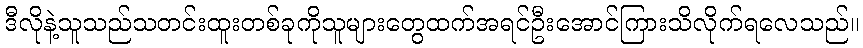
ဒီလိုနဲ့သူသည်သတင်းထူးတစ်ခုကိုသူများတွေထက်အရင်ဦးအောင်ကြားသိလိုက်ရလေသည်။